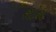
શોથ